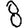
Digit: 8